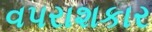
વપરાશકાર